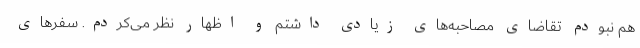
هم نبودم تقاضای مصاحبه‌های زیادی داشتم و اظهار نظر می‌کردم. سفرهای